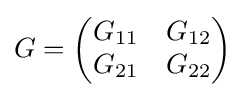
G={\begin{pmatrix}G_{11}&G_{12}\\G_{21}&G_{22}\end{pmatrix}}